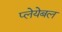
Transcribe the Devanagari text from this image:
प्लेयेबल